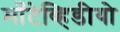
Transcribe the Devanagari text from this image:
माँटेव्हिडीयो